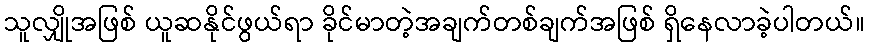
သူလျှိုအဖြစ် ယူဆနိုင်ဖွယ်ရာ ခိုင်မာတဲ့အချက်တစ်ချက်အဖြစ် ရှိနေလာခဲ့ပါတယ်။